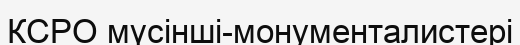
КСРО мүсінші-монументалистері